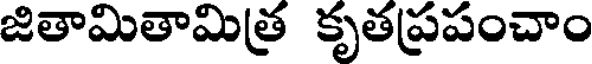
జితామితామిత్ర కృతప్రపంచాం